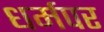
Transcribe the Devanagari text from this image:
धर्मपर